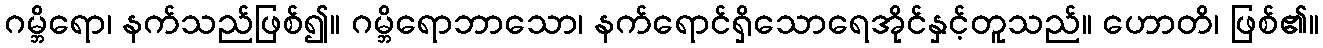
ဂမ္ဘိရော၊ နက်သည်ဖြစ်၍။ ဂမ္ဘိရောဘာသော၊ နက်ရောင်ရှိသောရေအိုင်နှင့်တူသည်။ ဟောတိ၊ ဖြစ်၏။